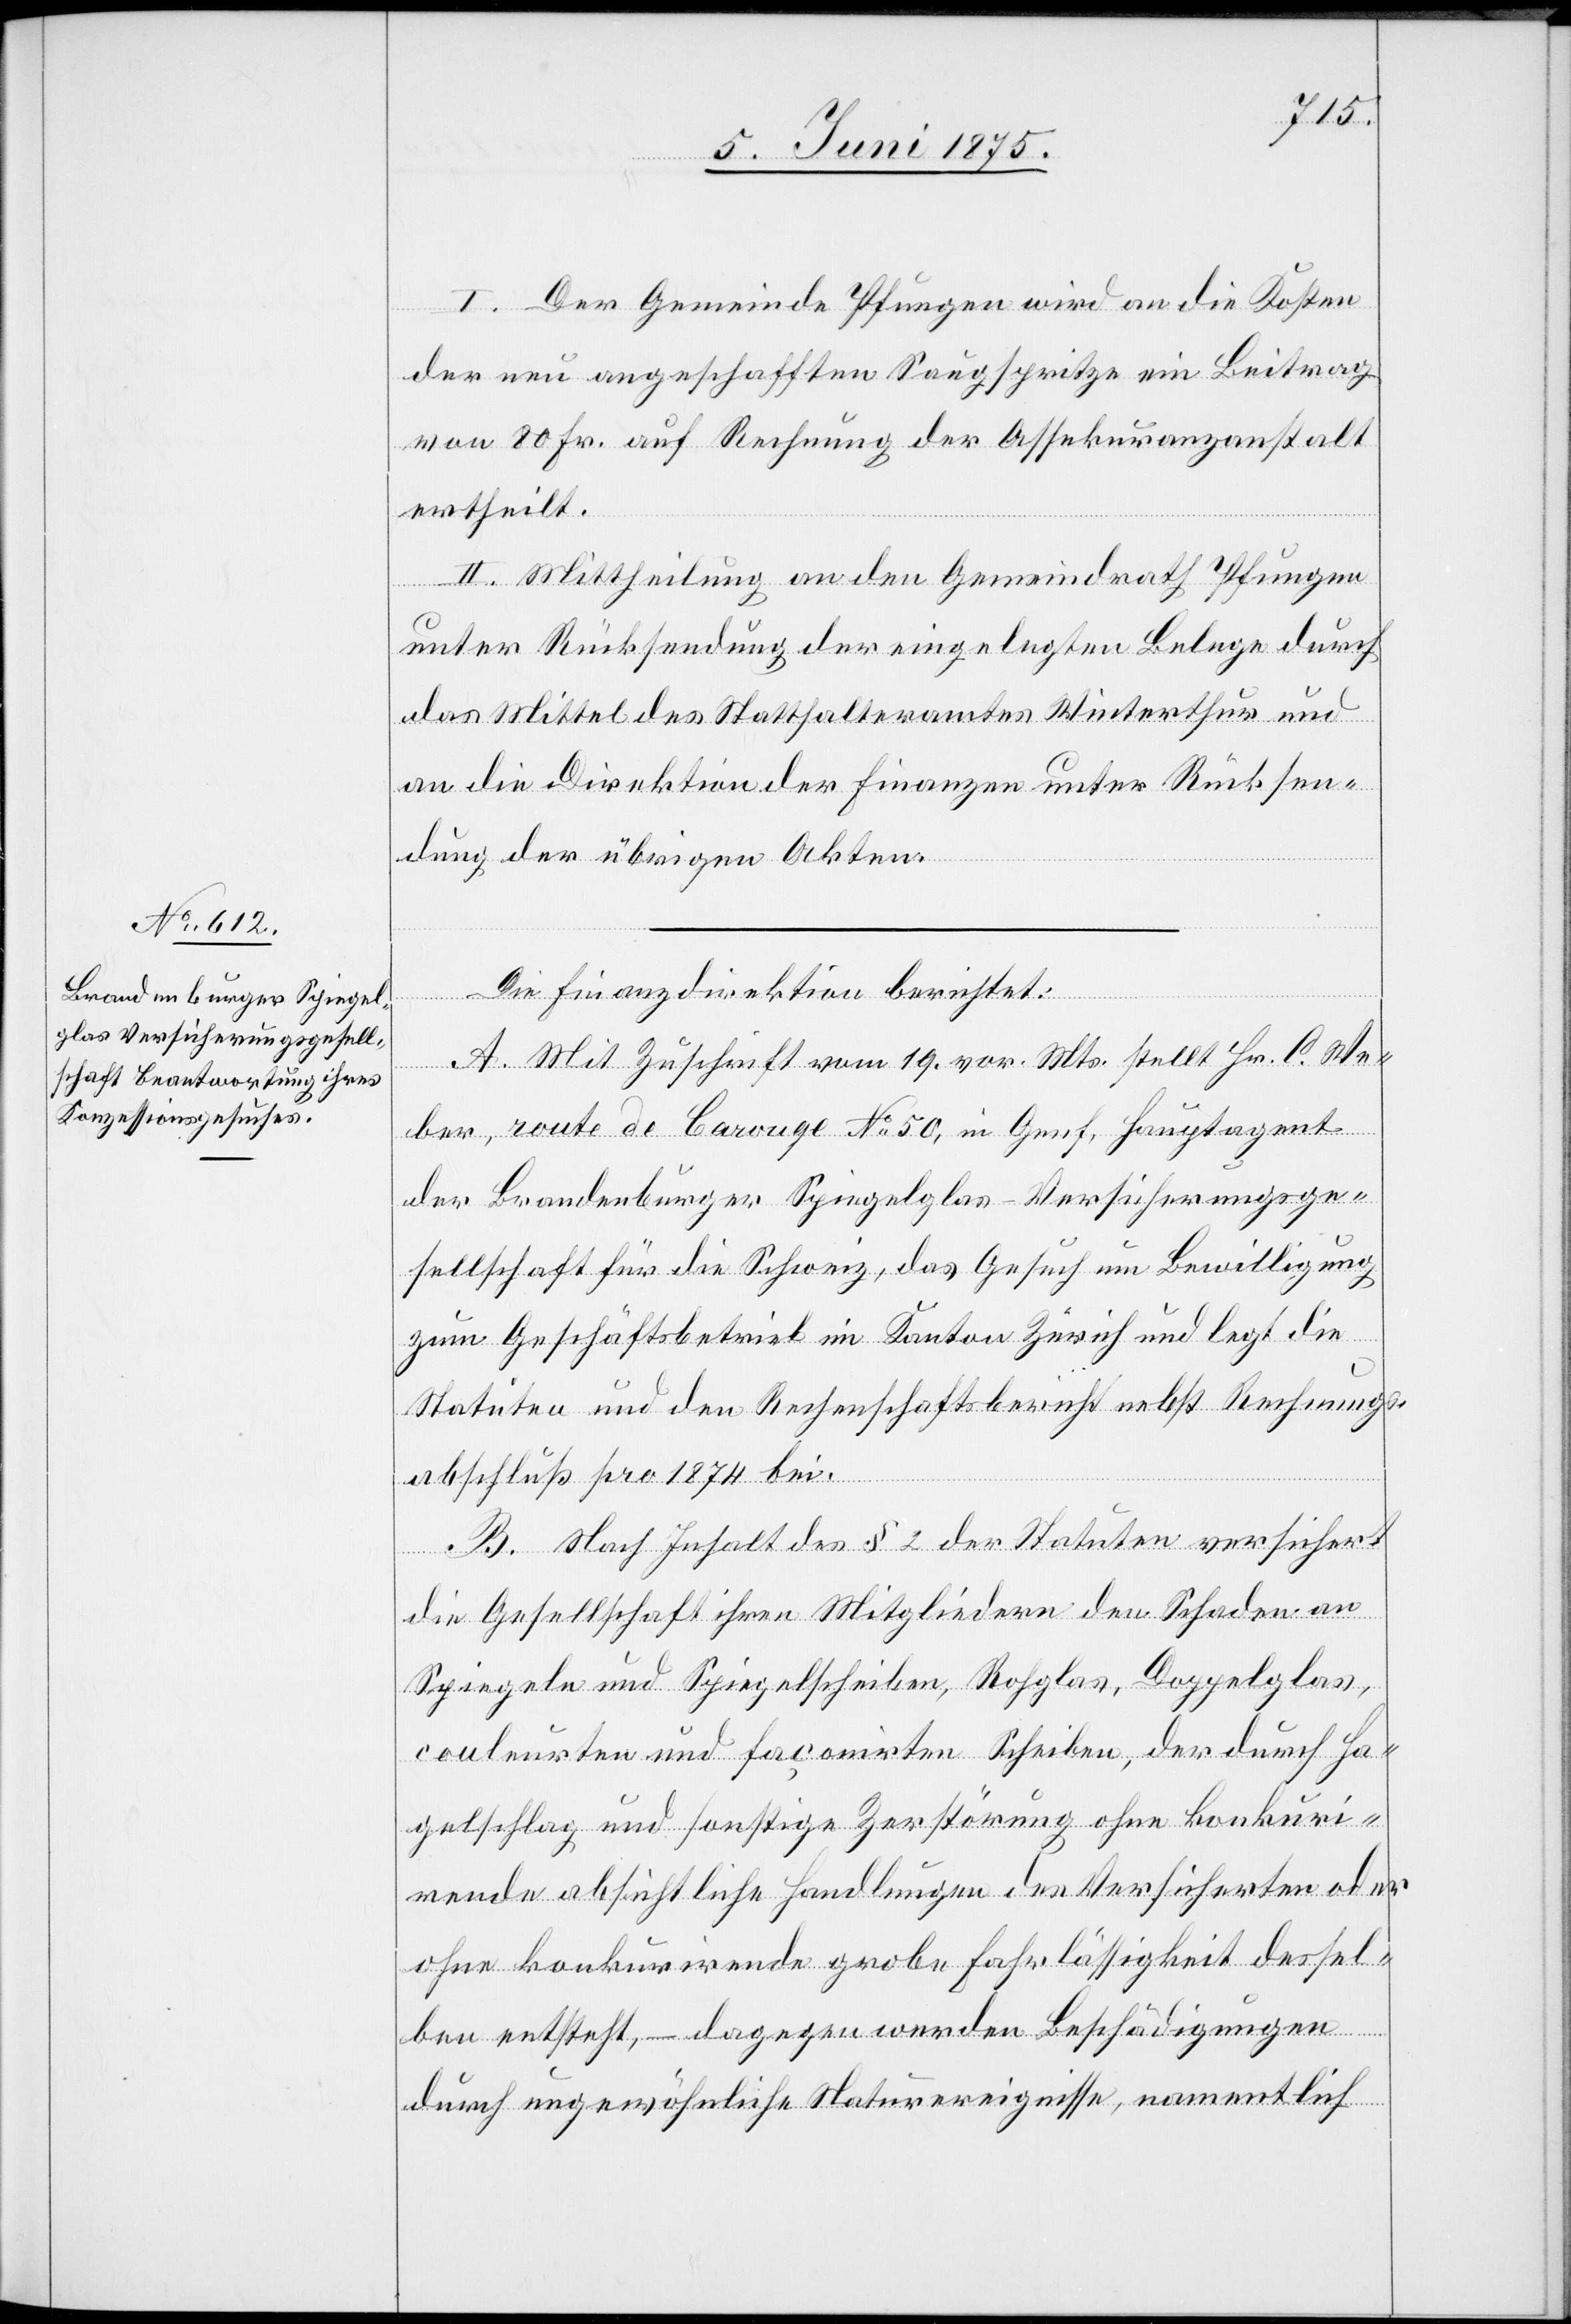
I. Der Gemeinde Pfungen wird an die Kosten
der neu angeschafften Saugspritze ein Beitrag
von 80 Fr. auf Rechnung der Assekuranzanstalt
ertheilt.
II. Mittheilung an den Gemeindrath Pfungen
unter Rücksendung der eingelegten Belege durch
das Mittel des Statthalteramtes Winterthur und
an die Direktion der Finanzen unter Rücksen¬
dung der übrigen Akten.
Die Finanzdirektion berichtet:
A. Mit Zuschrift vom 19. vor. Mts. stellt Hr. C. We¬
ber, route de Carouge No 50, in Genf, Hauptagent
der Brandenburger Spiegelglas-Versicherungsge¬
sellschaft für die Schweiz, das Gesuch um Bewilligung
zum Geschäftsbetreib im Kanton Zürich und legt die
Statuten und den Rechenschaftsbericht nebst Rechnungs¬
abschluß pro 1874 bei.
B. Nach Inhalt des § 2 der Statuten versichert
die Gesellschaft ihren Mitgliedern den Schaden an
Spiegeln und Spiegelscheiben, Rohglas, Doppelglas,
couleurten und façomirten Scheiben, der durch Ha¬
gelschlag und sonstige Zerstörung ohne konkuri¬
rende absichtliche Handlungen des Versicherten oder
ohne konkurirende grobe Fahrlässigkeit dessel¬
ben entsteht, – dagegen werden Beschädigungen
durch ungewöhnliche Naturereignisse, namentlich